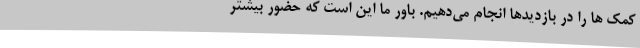
کمک ها را در بازدیدها انجام می‌دهیم. باور ما این است که حضور بیشتر